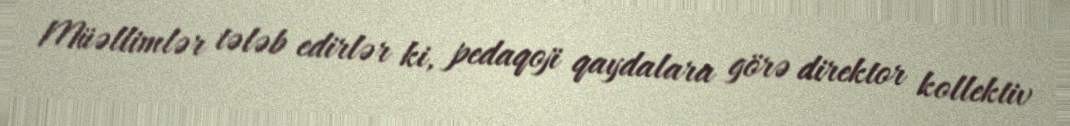
Müəllimlər tələb edirlər ki, pedaqoji qaydalara görə direktor kollektiv